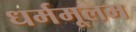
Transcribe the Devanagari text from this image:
धर्ममूलम